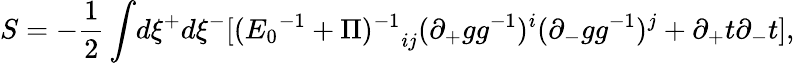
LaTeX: S=-\frac{1}{2}\int\! d\xi^{+}d\xi^{-}[{({E_{0}}^{-1}+\Pi)^{-1}}_{ij}(\partial_{+}gg^{-1})^{i}(\partial_{-}gg^{-1})^{j}+\partial_{+}t\partial_{-}t],